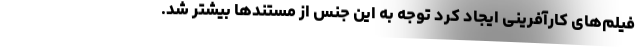
فیلم‌های کارآفرینی ایجاد کرد توجه به این جنس از مستندها بیشتر شد.